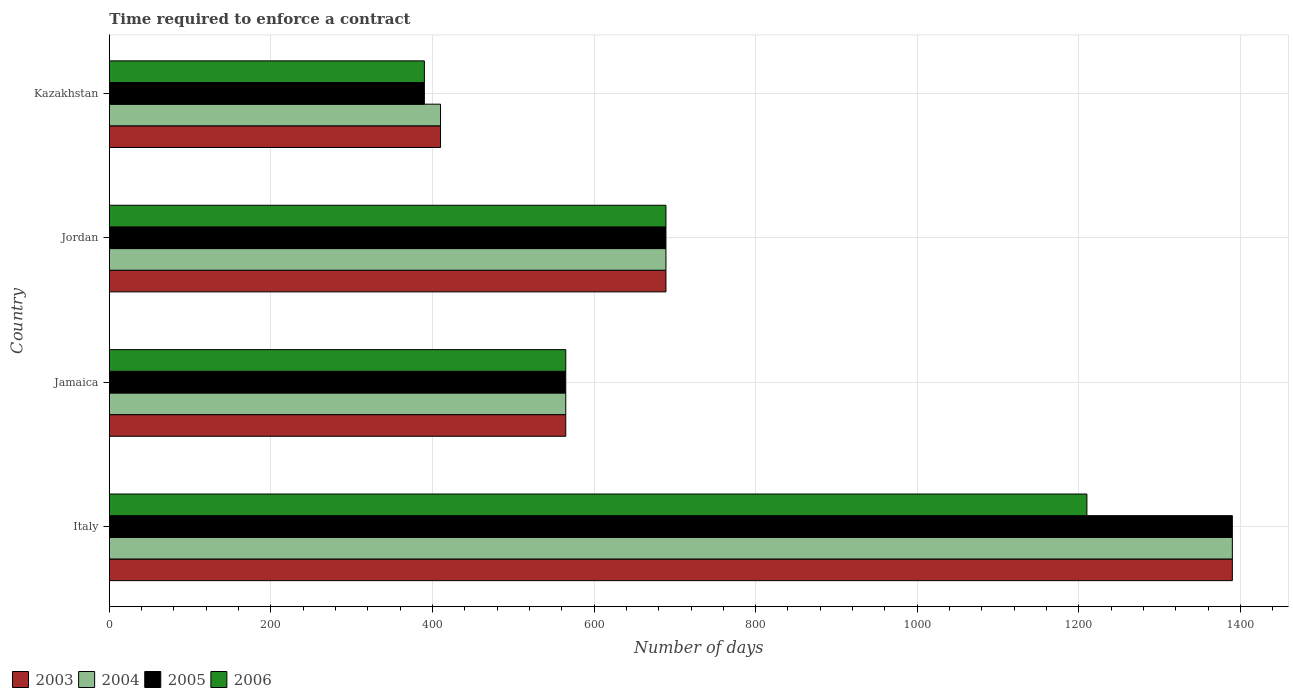
| Country | 2003 | 2004 | 2005 | 2006 |
 | --- | --- | --- | --- | --- |
 | Italy | 1.39e+03 | 1.39e+03 | 1.39e+03 | 1.21e+03 |
 | Jamaica | 565 | 565 | 565 | 565 |
 | Jordan | 689 | 689 | 689 | 689 |
 | Kazakhstan | 410 | 410 | 390 | 390 |